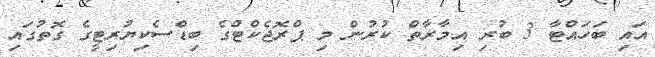
އައި ބަހައްޓާ 3 ބުރި އިމާރާތް ކުރުން މި ޕްރޮޖެކްޓްގެ ބިޑްސެކިޔުރިޓީގެ ގޮތުގައި